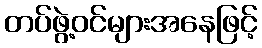
တပ်ဖွဲ့ဝင်များအနေဖြင့်